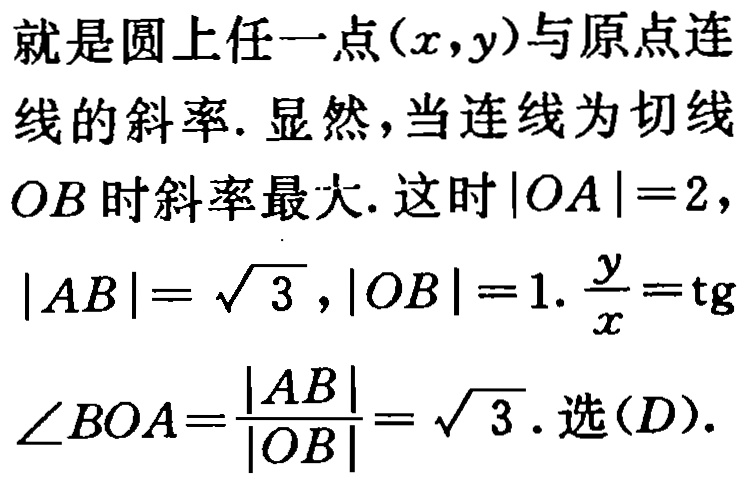
就是圆上任一点\((x,y)\)与原点连线的斜率. 显然，当连线为切线\(OB\)时斜率最大. 这时\(|OA| = 2\)，\(|AB|=\sqrt{3}\)，\(|OB| = 1\). \(\frac{y}{x}=\mathrm{tg}\angle BOA=\frac{|AB|}{|OB|}=\sqrt{3}\). 选\((D)\).